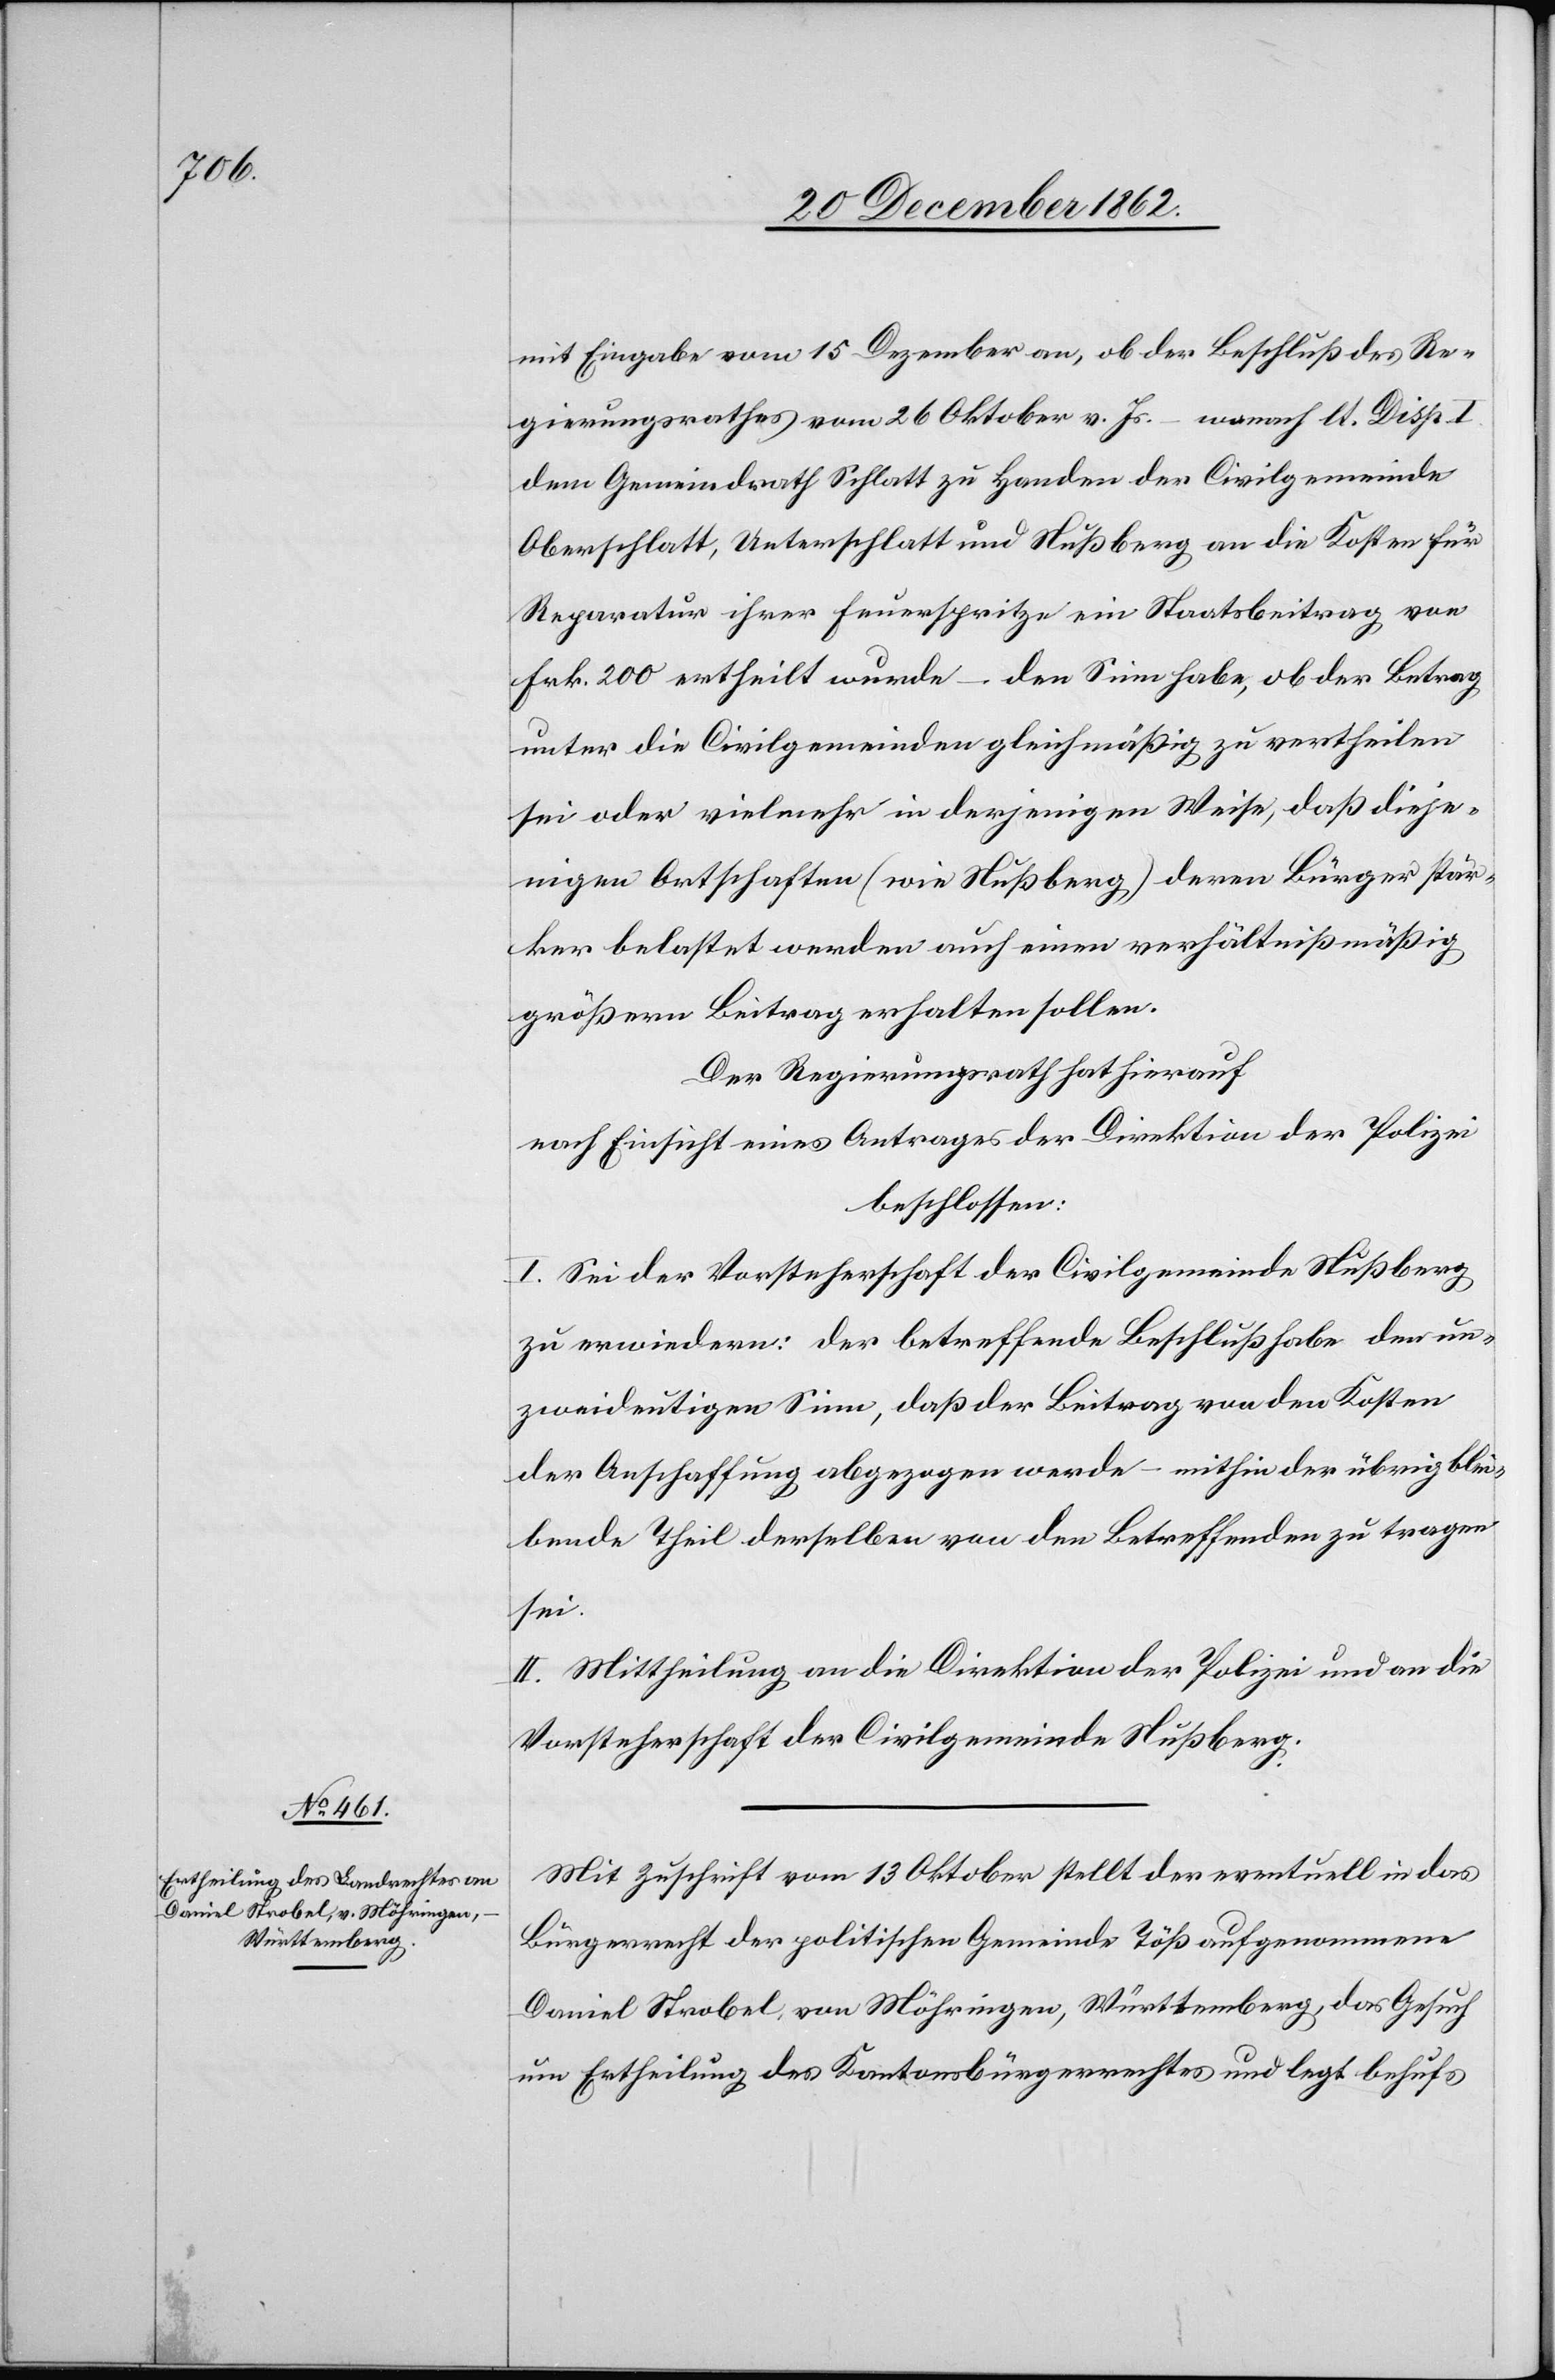
mit Eingabe vom 15. Dezember an, ob der Beschluß des Re¬
gierungsrathes vom 26. Oktober v. Js. – wonach lt. Disp. I.
dem Gemeindrath Schlatt zu Handen der Civilgemeinde
Oberschlatt, Unterschlatt und Nußberg an die Kosten für
Reparatur ihrer Feuerspritze ein Staatsbeitrag von
Frk. 200 ertheilt wurde – den Sinn habe, ob der Betrag
unter die Civilgemeinden gleichmäßig zu vertheilen
sei oder vielmehr in derjenigen Weise, daß dieje¬
nigen Ortschaften (wie Nußberg) deren Bürger stär¬
ker belastet werden auch einen verhältnißmäßig
größern Beitrag erhalten sollen.
Der Regierungsrath hat hierauf
nach Einsicht eines Antrages der Direktion der Polizei
beschlossen:
I. Sei der Vorsteherschaft der Civilgemeinde Nußberg
zu erwiedern: der betreffende Beschluß habe den un¬
zweideutigen Sinn, daß der Beitrag von den Kosten
der Anschaffung abgezogen werde – mithin der übrig blei¬
bende Theil derselben von den Betreffenden zu tragen
sei.
II. Mittheilung an die Direktion der Polizei und an die
Vorsteherschaft der Civilgemeinde Nußberg.
Mit Zuschrift vom 13. Oktober stellt der eventuell in das
Bürgerrecht der politischen Gemeinde Töß aufgenommene
Daniel Strobel, von Möhringen, Württemberg, das Gesuch
um Ertheilung des Kantonsbürgerrechtes und legt behufs